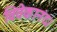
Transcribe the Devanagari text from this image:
विवेकानंद।